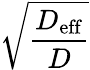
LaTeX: \sqrt{\frac{D_{\mathrm{eff}}}{D}}